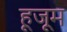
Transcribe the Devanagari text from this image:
हूजूम